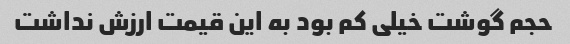
حجم گوشت خیلی کم بود به این قیمت ارزش نداشت